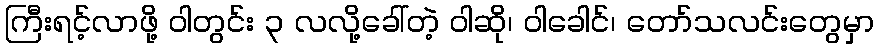
ကြီးရင့်လာဖို့ ဝါတွင်း ၃ လလို့ခေါ်တဲ့ ဝါဆို၊ ဝါခေါင်၊ တော်သလင်းတွေမှာ